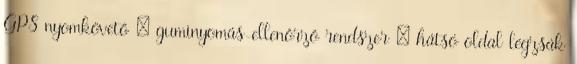
GPS nyomkövető – guminyomás-ellenőrző rendszer – hátsó oldal légzsák